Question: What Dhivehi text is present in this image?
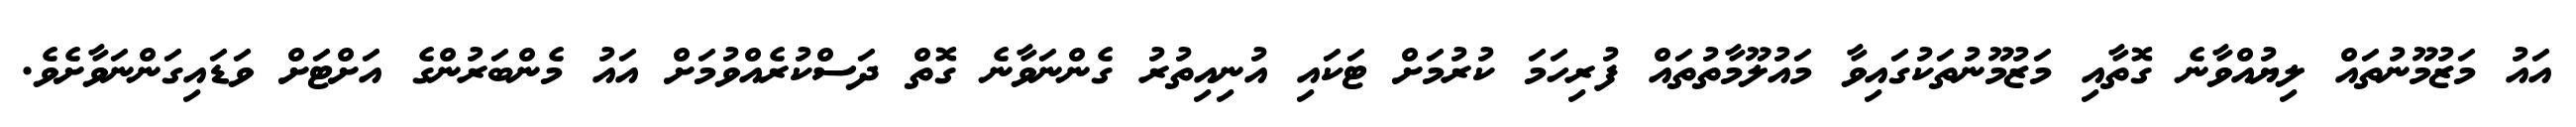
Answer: އައު މަޒުމޫނުތައް ލިޔުއްވާނެ ގޮތާއި މަޒުމޫނުތަކުގައިވާ މައުލޫމާތުތައް ފުރިހަމަ ކުރުމަށް ޓަކައި އުނިއިތުރު ގެންނަވާނެ ގޮތް ދަސްކުރެއްވުމަށް އައު މެންބަރުންގެ އަށްޓަށް ވަޑައިގަންނަވާށެވެ.